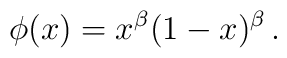
\phi (x) = x^\beta (1-x)^\beta \, .